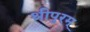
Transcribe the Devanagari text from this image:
श्रीपुरम्